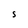
Character: S